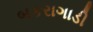
બકરાગાડી